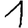
Digit: 1